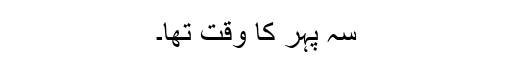
سہ پہر کا وقت تھا۔